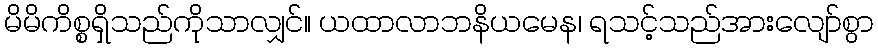
မိမိကိစ္စရှိသည်ကိုသာလျှင်။ ယထာလာဘနိယမေန၊ ရသင့်သည်အားလျော်စွာ